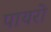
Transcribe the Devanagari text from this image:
पायरो